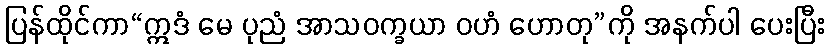
ပြန်ထိုင်ကာ“ဣဒံ မေ ပုညံ အာသဝက္ခယာ ဝဟံ ဟောတု”ကို အနက်ပါ ပေးပြီး